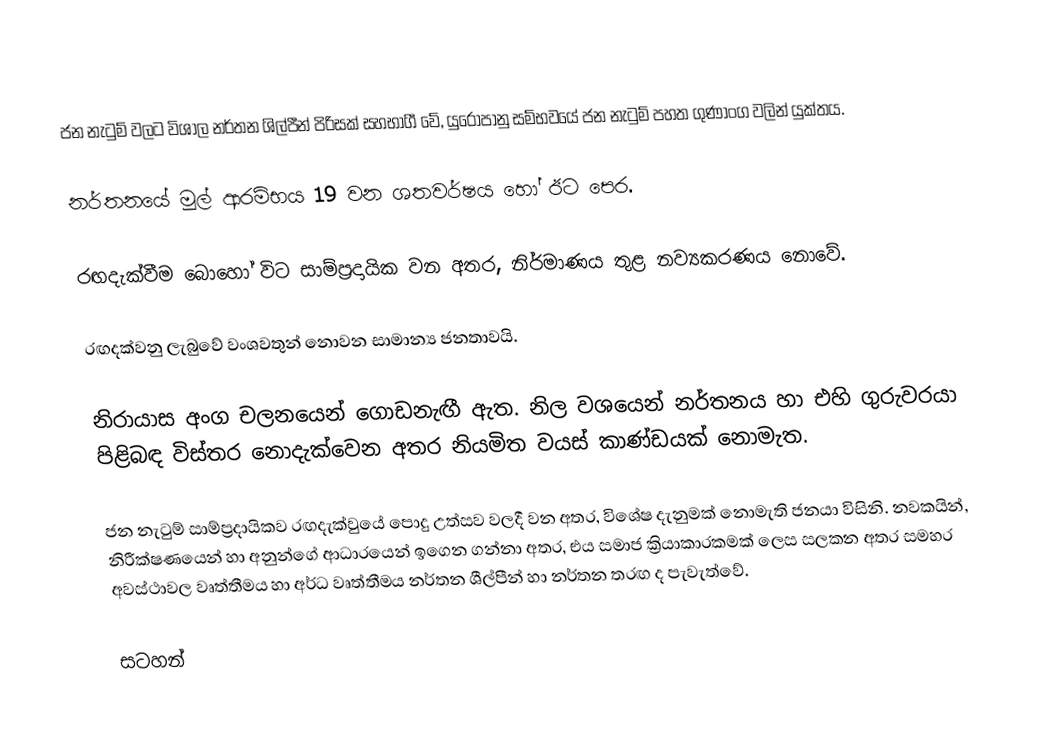
ජන නැටුම් වලට විශාල නර්තන ශිල්පීන් පිරිසක් සහභාගී වේ, යුරෝපානු සම්භවයේ ජන නැටුම් පහත ගුණාංග වලින් යුක්තය.

නර්තනයේ මුල් ආරම්භය 19 වන ශතවර්ෂය හෝ ඊට පෙර.

රඟදැක්වීම බොහෝ විට සාම්ප්‍රදායික වන අතර, නිර්මාණය තුළ නව්‍යකරණය නොවේ.

 රඟදක්වනු ලැබුවේ වංශවතුන් නොවන සාමාන්‍ය ජනතාවයි.

 නිරායාස අංග චලනයෙන් ගොඩනැඟී ඇත. නිල වශයෙන් නර්තනය හා එහි ගුරුවරයා පිළිබඳ විස්තර නොදැක්වෙන අතර නියමිත වයස් කාණ්ඩයක් නොමැත.

ජන නැටුම් සාම්ප්‍රදායිකව රඟදැක්වුයේ පොදු උත්සව වලදී වන අතර, විශේෂ දැනුමක්  නොමැති ජනයා විසිනි. නවකයින්, නිරීක්ෂණයෙන් හා අනුන්ගේ ආධාරයෙන් ඉගෙන ගන්නා අතර, එය සමාජ ක්‍රියාකාරකමක් ලෙස සලකන අතර සමහර අවස්ථාවල වෘත්තීමය හා අර්ධ වෘත්තීමය නර්තන ශීල්පීන් හා නර්තන තරඟ ද පැවැත්වේ.

සටහන්